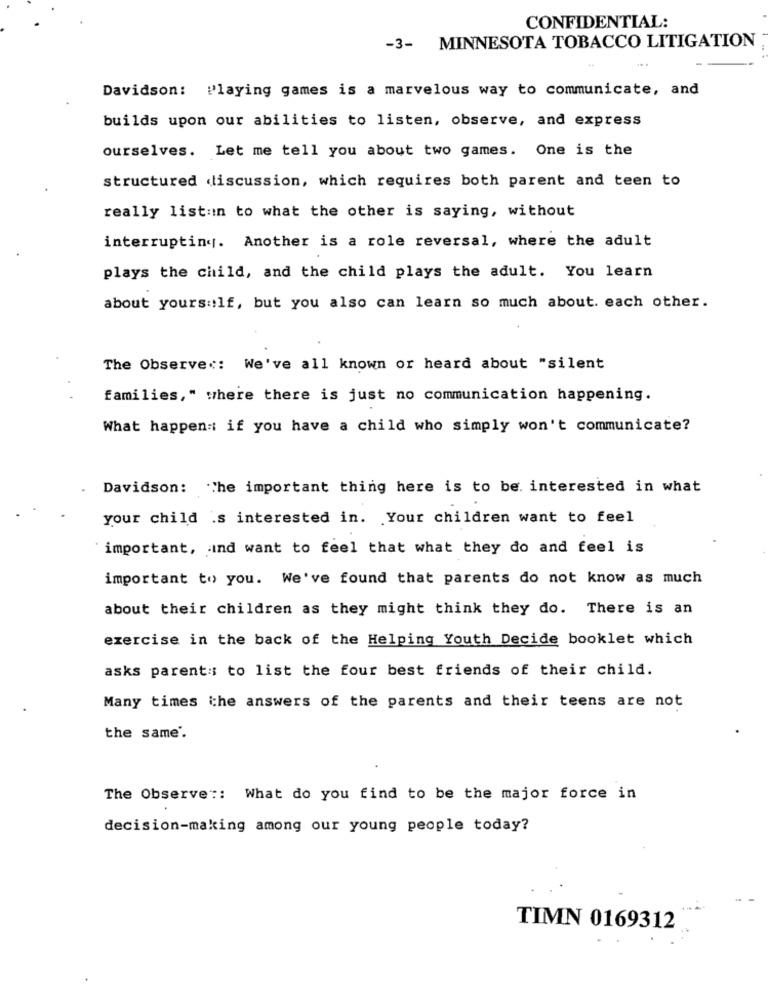
CONFIDENTIAL:
-3- MINNESOTA TOBACCO LITIGATION
Davidson: Playing games is a marvelous way to communicate, and
builds upon our abilities to listen, observe, and express
ourselves. Let me tell you about two games. One is the
structured discussion, which requires both parent and teen to
really listan to what the other is saying, without
interrupting. Another is a role reversal, where the adult
plays the child, and the child plays the adult. You learn
about yourself, but you also can learn so much about. each other.
The Observer: We've all known or heard about "silent
families," where there is just no communication happening.
What happens if you have a child who simply won't communicate?
Davidson: The important thing here is to be. interested in what
your child .s interested in. Your children want to feel
important, ind want to feel that what they do and feel is
important to you. We've found that parents do not know as much
about their children as they might think they do. There is an
exercise in the back of the Helping Youth Decide booklet which
asks parents; to list the four best friends of their child.
Many times the answers of the parents and their teens are not
the same.
The Observe :: What do you find to be the major force in
decision-making among our young people today?
TIMN 0169312